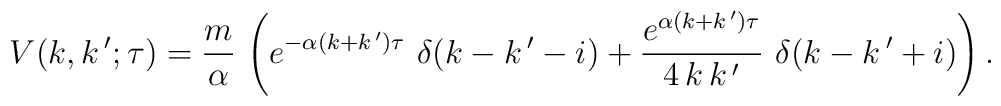
V(k,k\,';\tau)=\frac{m}{\alpha}\,\left(e^{-\alpha(k+k\,')\tau}\,\,\delta(k-k\,'-i)+\frac{e^{\alpha(k+k\,')\tau}}{4\,k\,k\,'}\,\,\delta(k-k\,'+i)\right).